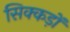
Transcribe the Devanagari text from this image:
सिक्कड़ों